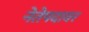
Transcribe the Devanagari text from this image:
नेतेपदावर